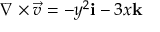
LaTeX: \nabla \times { \vec { v } } = - y ^ { 2 } \mathbf { i } - 3 x \mathbf { k }